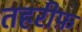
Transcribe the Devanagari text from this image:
तहरीफ़